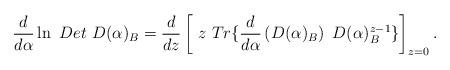
LaTeX: \begin{align*}\frac d{d\alpha}\ln \ Det~D(\alpha )_B=\frac d{dz}\left[ \ z\ Tr\{\frac d{d\alpha }\left(D(\alpha )_B\right) \ D(\alpha )_B^{z-1}\}\right] _{z=0} .\end{align*}